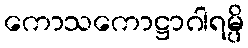
ကောသကောဋ္ဌာဂါရမ္ပိ